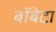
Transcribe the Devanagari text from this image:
बॉबेटा